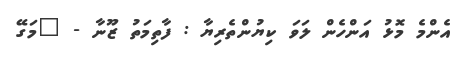
އެންމެ މޮޅު އަންހެން ލަވަ ކިޔުންތެރިޔާ : ފާތިމަތު ޒޫނާ - "މަގޭ